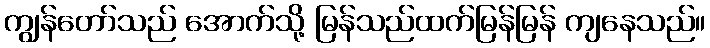
ကျွန်တော်သည် အောက်သို့ မြန်သည်ထက်မြန်မြန် ကျနေသည်။